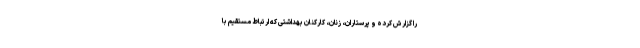
را گزارش کرده و پرستاران، زنان، کارکنان بهداشتی که ارتباط مستقیم با